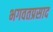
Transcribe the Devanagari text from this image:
भगवतप्रसाद